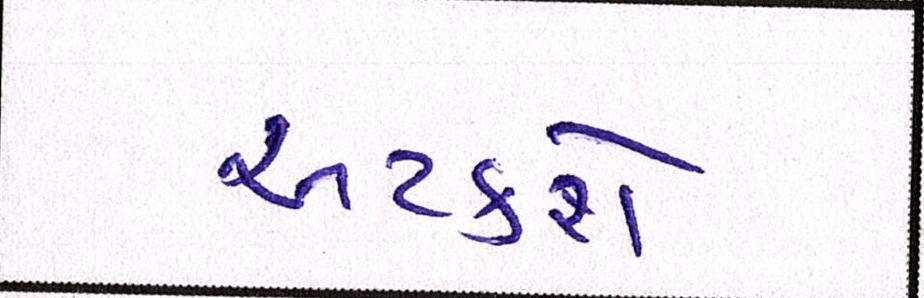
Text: અટકશે